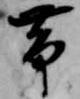
帯